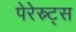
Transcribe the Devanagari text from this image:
पेरेस्न्ट्स